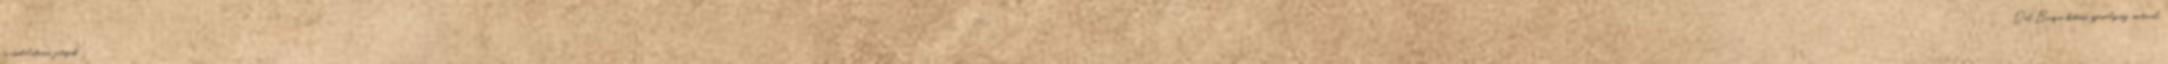
és csodálatosan játszik." - "Del Bosque kitűnő személyiség, motivál,